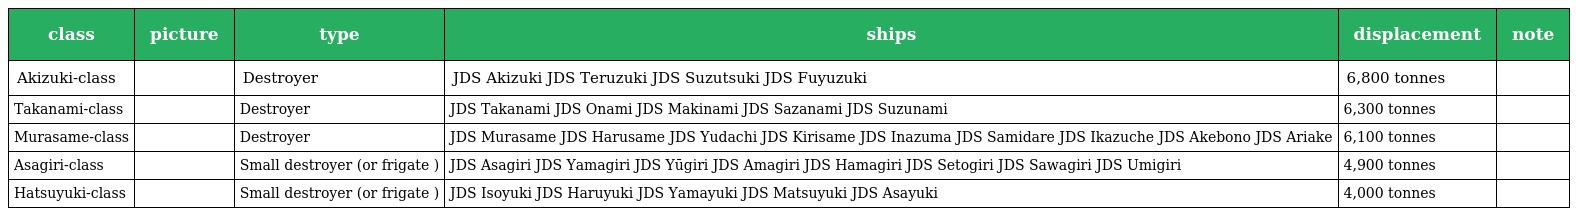
| class | picture | type | ships | displacement | note |
 | --- | --- | --- | --- | --- | --- |
 | Akizuki-class |  | Destroyer | JDS Akizuki JDS Teruzuki JDS Suzutsuki JDS Fuyuzuki | 6,800 tonnes |  |
 | Takanami-class |  | Destroyer | JDS Takanami JDS Onami JDS Makinami JDS Sazanami JDS Suzunami | 6,300 tonnes |  |
 | Murasame-class |  | Destroyer | JDS Murasame JDS Harusame JDS Yudachi JDS Kirisame JDS Inazuma JDS Samidare JDS Ikazuche JDS Akebono JDS Ariake | 6,100 tonnes |  |
 | Asagiri-class |  | Small destroyer (or frigate ) | JDS Asagiri JDS Yamagiri JDS Yūgiri JDS Amagiri JDS Hamagiri JDS Setogiri JDS Sawagiri JDS Umigiri | 4,900 tonnes |  |
 | Hatsuyuki-class |  | Small destroyer (or frigate ) | JDS Isoyuki JDS Haruyuki JDS Yamayuki JDS Matsuyuki JDS Asayuki | 4,000 tonnes |  |